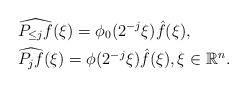
LaTeX: \begin{align*} &\widehat{P_{\le j} f} (\xi) = \phi_0(2^{-j} \xi) \hat f(\xi), \\ &\widehat{P_j f} (\xi) = \phi(2^{-j} \xi) \hat f(\xi), \xi \in \mathbb R^n.\end{align*}